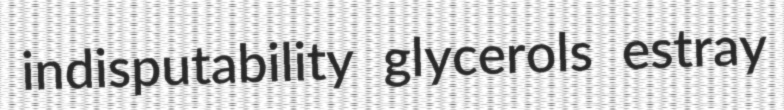
indisputability glycerols estray